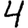
Digit: 4